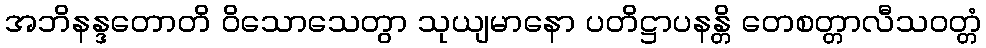
အဘိနန္ဒတောတိ ဝိသောသေတွာ သုယျမာနော ပတိဋ္ဌာပနန္တိ တေစတ္တာလီသဝတ္တံ